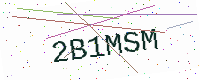
Text: 2B1MSM